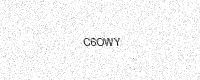
Text: C6OWY